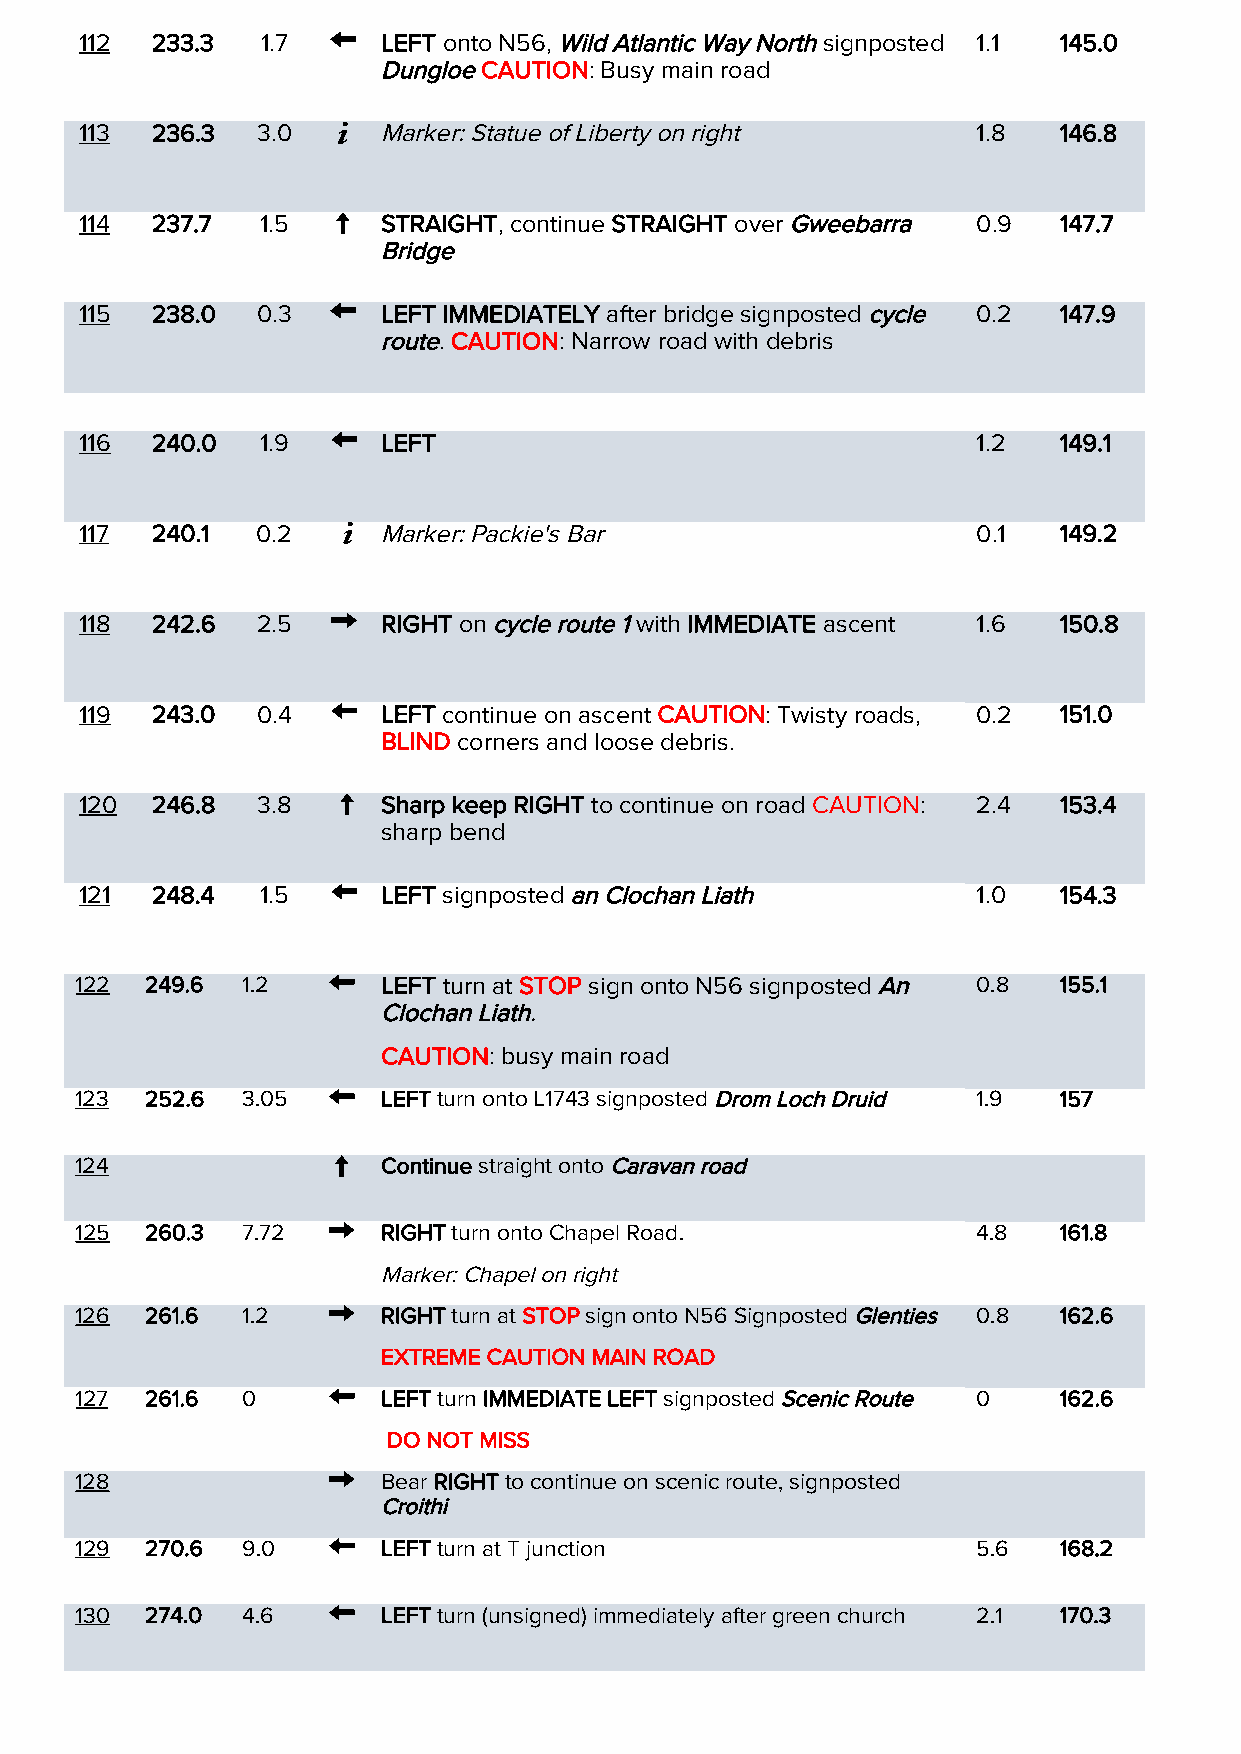
112  233.3  1.7     LEFT onto N56, Wild Atlantic Way North signposted 1.1 145.0
 Dungloe CAUTION: Busy main road
 113  236.3  3.0     Marker: Statue of Liberty on right      1.8  146.8
 114  237.7  1.5     STRAIGHT, continue STRAIGHT over Gweebarra 0.9 147.7
 Bridge
 115  238.0  0.3     LEFT IMMEDIATELY after bridge signposted cycle 0.2 147.9
 route. CAUTION: Narrow road with debris
 116  240.0  1.9     LEFT                                    1.2  149.1
 117  240.1  0.2     Marker: Packie's Bar                    0.1  149.2
 118  242.6  2.5     RIGHT on cycle route 1 with IMMEDIATE ascent 1.6 150.8
 119  243.0  0.4     LEFT continue on ascent CAUTION: Twisty roads, 0.2 151.0
 BLIND corners and loose debris.
 120  246.8  3.8     Sharp keep RIGHT to continue on road CAUTION: 2.4 153.4
 sharp bend
 121  248.4  1.5     LEFT signposted an Clochan Liath        1.0  154.3
 122  249.6 1.2      LEFT turn at STOP sign onto N56 signposted An 0.8 155.1
 Clochan Liath.
 CAUTION: busy main road
 123  252.6 3.05     LEFT turn onto L1743 signposted Drom Loch Druid 1.9 157
 124                 Continue straight onto Caravan road
 125  260.3 7.72     RIGHT turn onto Chapel Road.            4.8  161.8
 Marker: Chapel on right
 126  261.6 1.2      RIGHT turn at STOP sign onto N56 Signposted Glenties 0.8 162.6
 EXTREME CAUTION MAIN ROAD
 127  261.6 0        LEFT turn IMMEDIATE LEFT signposted Scenic Route 0 162.6
 DO NOT MISS
 128                 Bear RIGHT to continue on scenic route, signposted
 Croithi
 129  270.6 9.0      LEFT turn at T junction                 5.6  168.2
 130  274.0 4.6      LEFT turn (unsigned) immediately after green church 2.1 170.3